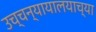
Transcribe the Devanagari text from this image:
उच्चन्यायालयाच्या